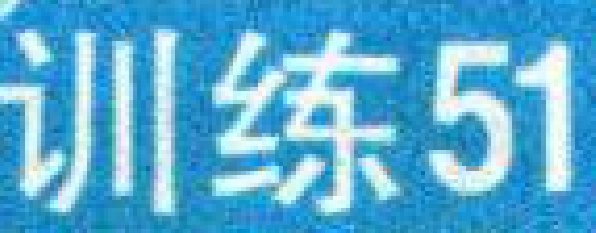
训练51